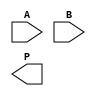
module wallace_tree_multiplier #(parameter N = 4) (
    input  [N-1:0] A,
    input  [N-1:0] B,
    output reg [2*N-1:0] P
);

    // Partial product generation
    wire [N-1:0] pp [N-1:0]; // Partial products
    genvar i, j;
    generate
        for (i = 0; i < N; i = i + 1) begin : pp_gen
            assign pp[i] = A & {N{B[i]}};
        end
    endgenerate

    // Reduction stage
    wire [N-1:0] sum [N:0]; // Sums
    wire [N-1:0] carry [N:0]; // Carries

    // Initial stage: Assign partial products to the first row
    assign sum[0] = pp[0];
    assign carry[0] = 0;

    // Wallace tree reduction
    generate
        for (i = 0; i < N; i = i + 1) begin : reduction
            if (i < N-1) begin
                // Grouping three bits and reducing them
                wire [2:0] group;
                assign group = {pp[i+1][i], pp[i+1][i+1], pp[i+1][i+2]}; // Group of three bits
                wire [1:0] s;
                wire c;
                // Full adder for three inputs
                assign {c, s} = group[0] + group[1] + group[2];
                assign sum[i+1] = s;
                assign carry[i+1] = c;
            end
        end
    endgenerate

    // Final addition of the last two rows
    wire [2*N-1:0] final_sum;
    wire [2*N-1:0] final_carry;

    assign final_sum = {carry[N-1], sum[N-1]} + {1'b0, sum[N]};
    assign final_carry = {1'b0, carry[N]};

    always @(*) begin
        P = final_sum + final_carry;
    end

endmodule